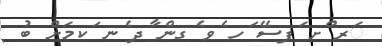
ަރ ްށ ަފސޭ ަހ ެވ ެގން ާދ ެނ ަކމަށް ބު